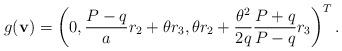
LaTeX: \begin{align*}g({\bf{v}})=\left(0, \frac{P-q}{a}r_2+\theta r_3, \theta r_2+\frac{\theta^2}{2q}\frac{P+q}{P-q}r_3\right)^T.\end{align*}